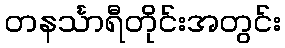
တနင်္သာရီတိုင်းအတွင်း